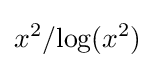
x^{2}/{\text{log}}(x^{2})